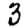
Digit: 3